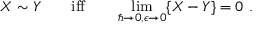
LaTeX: X \sim Y \qquad \mathrm { i f f } \qquad \operatorname * { l i m } _ { \hbar \to 0 , \epsilon \to 0 } \{ X - Y \} = 0 ~ .